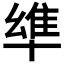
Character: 𠦼